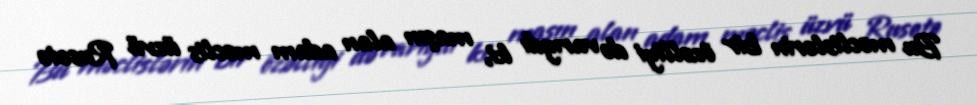
Bu məclislərin bir özəlliyi də varıydı ki, maşın alan adam məclis üzvü Rusetə